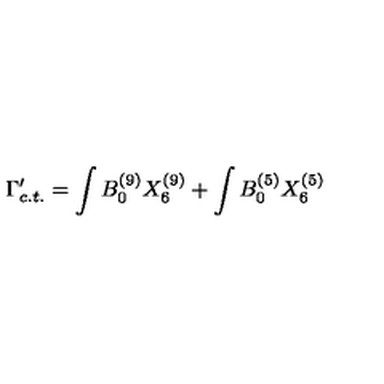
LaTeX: \Gamma _ { c . t . } ^ { \prime } = \int B _ { 0 } ^ { ( 9 ) } X _ { 6 } ^ { ( 9 ) } + \int B _ { 0 } ^ { ( 5 ) } X _ { 6 } ^ { ( 5 ) }